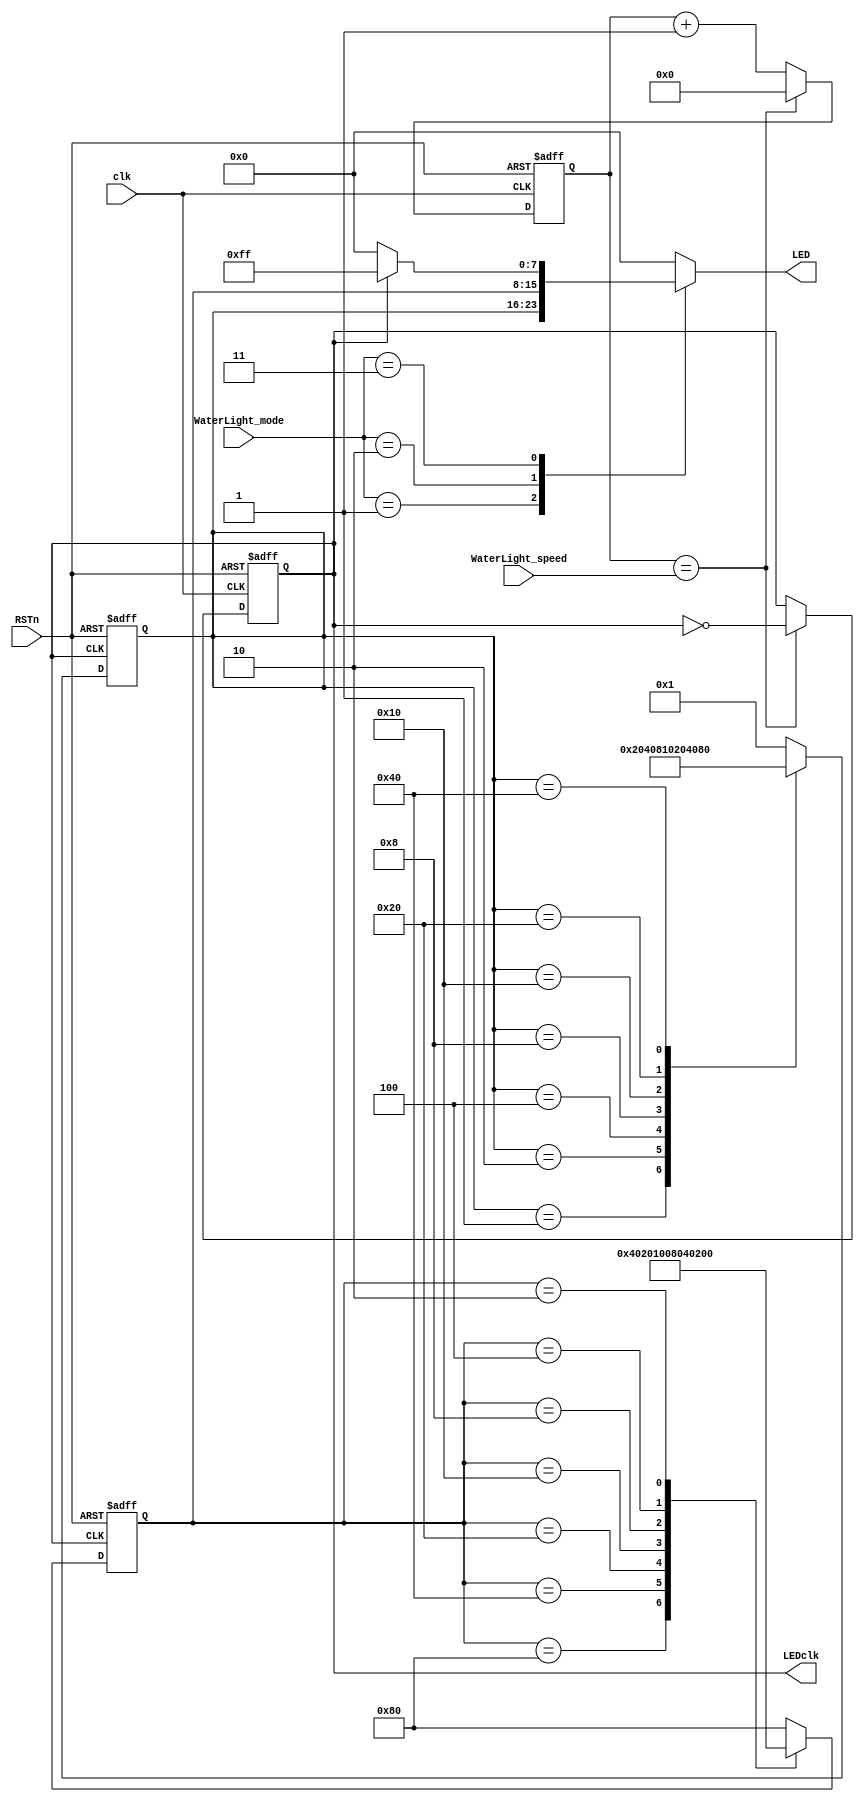
module WaterLight(
    input [7:0] WaterLight_mode,
    input [31:0] WaterLight_speed,
    input clk,
    input RSTn,
    output reg [7:0] LED,
    output wire LEDclk
);

//------------------------------------------------------
//  PWM
//------------------------------------------------------

reg [31:0] pwm_cnt;

always@(posedge clk or negedge RSTn) begin
    if(~RSTn) pwm_cnt <= 32'b0;
    else if(pwm_cnt == WaterLight_speed) pwm_cnt <= 32'b0;
    else pwm_cnt <= pwm_cnt + 1'b1;
end

reg light_clk;

always@(posedge clk or negedge RSTn) begin
    if(~RSTn) light_clk <= 1'b0;
    else if(pwm_cnt == WaterLight_speed) light_clk <= ~light_clk;
end

assign LEDclk = light_clk;

//------------------------------------------------------
//  LEFT MODE
//------------------------------------------------------

reg [7:0] mode1;

always@(posedge light_clk or negedge RSTn) begin
    if(~RSTn) mode1 <= 8'h01;
    else begin
        case(mode1)
        8'h01 : mode1 <= 8'h02;
        8'h02 : mode1 <= 8'h04;
        8'h04 : mode1 <= 8'h08;
        8'h08 : mode1 <= 8'h10;
        8'h10 : mode1 <= 8'h20;
        8'h20 : mode1 <= 8'h40;
        8'h40 : mode1 <= 8'h80;
        default : mode1 <= 8'h01;
        endcase
    end
end

//------------------------------------------------------
//  RIGHT MODE
//------------------------------------------------------

reg [7:0] mode2;

always@(posedge light_clk or negedge RSTn) begin
    if(~RSTn) mode2 <= 8'h80;
    else begin
        case(mode2)
        8'h80 : mode2 <= 8'h40;
        8'h40 : mode2 <= 8'h20;
        8'h20 : mode2 <= 8'h10;
        8'h10 : mode2 <= 8'h08;
        8'h08 : mode2 <= 8'h04;
        8'h04 : mode2 <= 8'h02;
        8'h02 : mode2 <= 8'h01;
        default : mode2 <= 8'h80;
        endcase
    end
end

//------------------------------------------------------
//  FLASH MODE
//------------------------------------------------------

wire [7:0] mode3;

assign mode3 = (light_clk == 1'b0) ? 8'h00 : 8'hff;

//------------------------------------------------------
//  OUTPUT MUX
//------------------------------------------------------

always@(*) begin
    case(WaterLight_mode)
    8'h01 : begin LED = mode1;end  
    8'h02 : begin LED = mode2;end
    8'h03 : begin LED = mode3;end
    default : begin LED = 8'h00;end
    endcase
end

endmodule